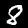
Digit: 8